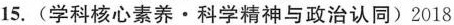
15. (学科核心素养·科学精神与政治认同) 2018